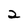
Character: 2